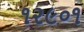
૧૨૯૦૧